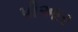
પીઆર